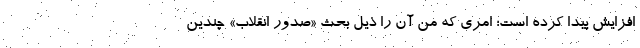
افزایش پیدا کرده است؛ امری که من آن را ذیل بحث «صدور انقلاب» چندین